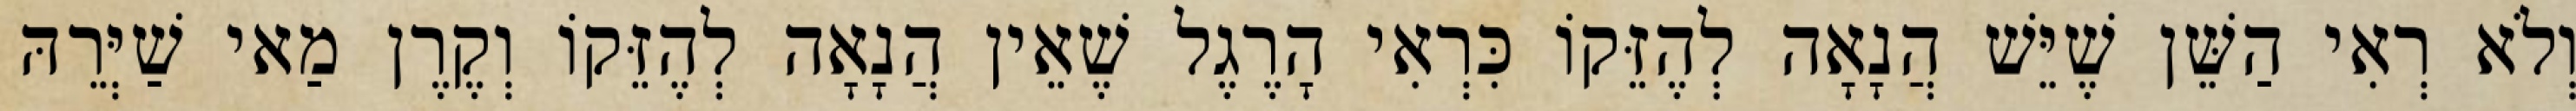
וְלֹא רְאִי הַשֵּׁן שֶׁיֵּשׁ הֲנָאָה לְהֶזֵּקוֹ כִּרְאִי הָרֶגֶל שֶׁאֵין הֲנָאָה לְהֶזֵּקוֹ וְקֶרֶן מַאי שַׁיְּרֵהּ